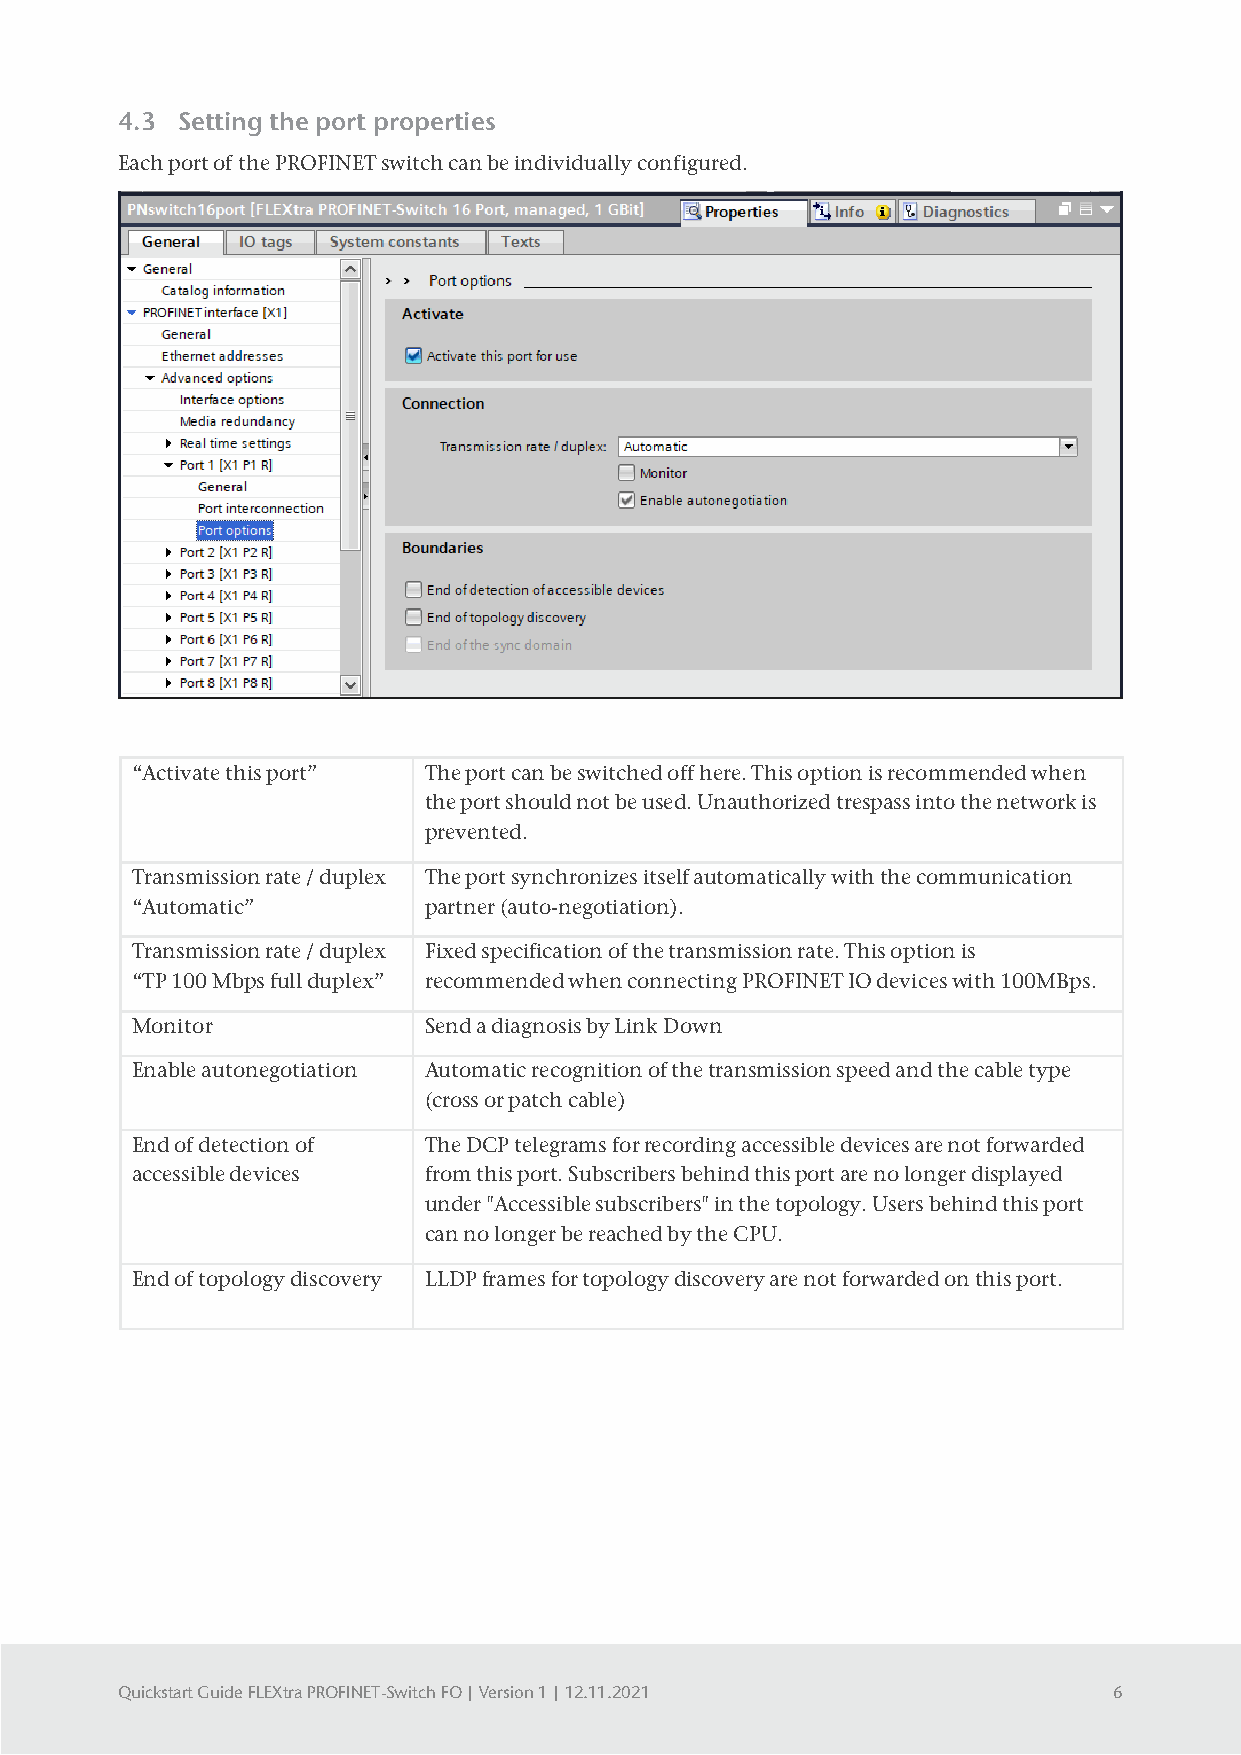
4.3 Setting the port properties
 Each port of the PROFINET switch can be individually configured.
 “Activate this port” The port can be switched off here. This option is recommended when
 the port should not be used. Unauthorized trespass into the network is
 prevented.
 Transmission rate / duplex The port synchronizes itself automatically with the communication
 “Automatic”        partner (auto-negotiation).
 Transmission rate / duplex Fixed specification of the transmission rate. This option is
 “TP 100 Mbps full duplex” recommended when connecting PROFINET IO devices with 100MBps.
 Monitor            Send a diagnosis by Link Down
 Enable autonegotiation Automatic recognition of the transmission speed and the cable type
 (cross or patch cable)
 End of detection of The DCP telegrams for recording accessible devices are not forwarded
 accessible devices from this port. Subscribers behind this port are no longer displayed
 under "Accessible subscribers" in the topology. Users behind this port
 can no longer be reached by the CPU.
 End of topology discovery LLDP frames for topology discovery are not forwarded on this port.
 Quickstart Guide FLEXtra PROFINET-Switch FO | Version 1 | 12.11.2021 6